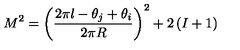
M ^ { 2 } = \left( \frac { 2 \pi l - \theta _ { j } + \theta _ { i } } { 2 \pi R } \right) ^ { 2 } + 2 \left( I + 1 \right)